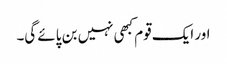
اور ایک قوم کبھی نہیں بن پائے گی۔